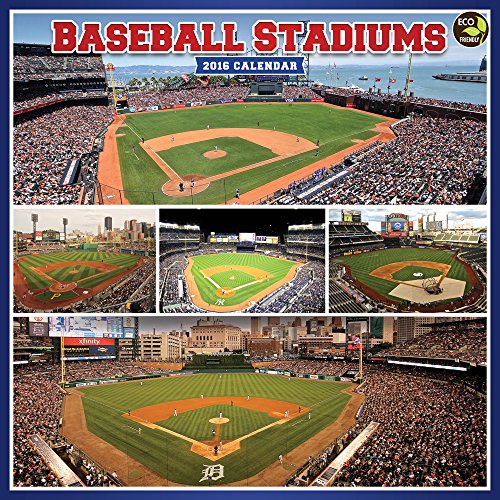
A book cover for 2016 Baseball Stadiums Wall Calendar; Muneesh Jain; Calendars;